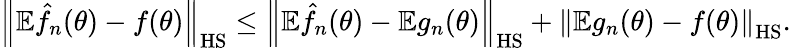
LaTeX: \begin{array}{r}{\left\Vert\mathbb{E}\hat{f}_{n}(\theta)-f(\theta)\right\Vert_{\mathrm{HS}}\leq\left\Vert\mathbb{E}\hat{f}_{n}(\theta)-\mathbb{E}g_{n}(\theta)\right\Vert_{\mathrm{HS}}+\left\Vert\mathbb{E}g_{n}(\theta)-f(\theta)\right\Vert_{\mathrm{HS}}.}\end{array}